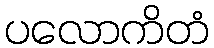
ပလောကိတံ